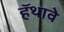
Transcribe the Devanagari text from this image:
हॅथावे